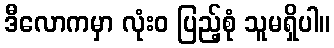
ဒီလောကမှာ လုံးဝ ပြည့်စုံ သူမရှိပါ။